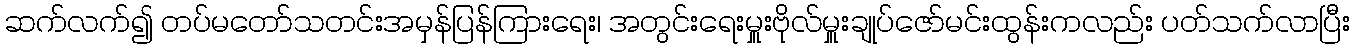
ဆက်လက်၍ တပ်မတော်သတင်းအမှန်ပြန်ကြားရေး၊ အတွင်းရေးမှူးဗိုလ်မှူးချုပ်ဇော်မင်းထွန်းကလည်း ပတ်သက်လာပြီး